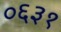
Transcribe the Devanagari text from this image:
०६३१